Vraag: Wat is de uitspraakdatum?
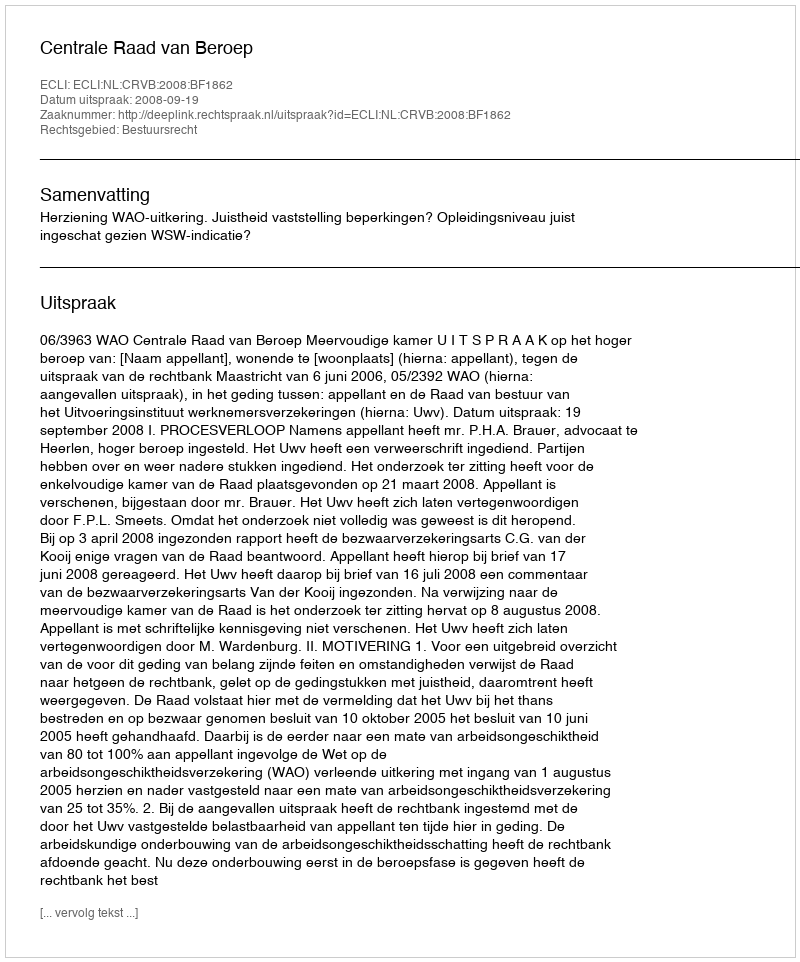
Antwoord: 2008-09-19